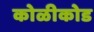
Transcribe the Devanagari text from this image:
कोळीकोड